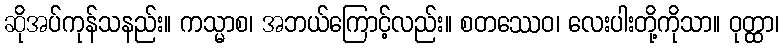
ဆိုအပ်ကုန်သနည်း။ ကသ္မာစ၊ အဘယ်ကြောင့်လည်း။ စတဿေဝ၊ လေးပါးတို့ကိုသာ။ ဝုတ္ထာ၊